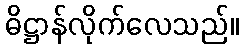
ဓိဋ္ဌာန်လိုက်လေသည်။